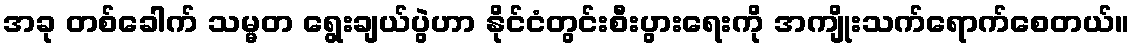
အခု တစ်ခေါက် သမ္မတ ရွေးချယ်ပွဲဟာ နိုင်ငံတွင်းစီးပွားရေးကို အကျိုးသက်ရောက်စေတယ်။